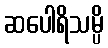
ဆပေါရိသမ္ပိ